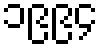
၁၉၉၄